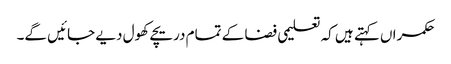
حکمراں کہتے ہیں کہ تعلیمی فضا کے تمام دریچے کھول دیے جائیں گے۔